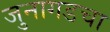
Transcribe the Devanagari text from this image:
जुनागडचा